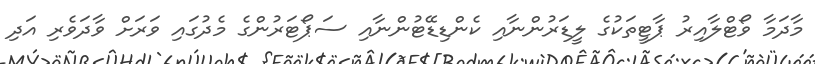
މާދަމާ ވޯޓްލާއިރު ޕާޓީތަކުގެ ލީޑަރުންނާއި ކެންޑިޑޭޓުންނާއި ސަޕޯޓަރުންގެ މެދުގައި ވަރަށް ވާދަވެރި އަދި